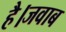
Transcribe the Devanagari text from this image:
है।जवाब